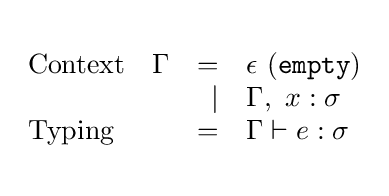
{\begin{array}{llrl}\\{\text{Context}}&\Gamma &=&\epsilon \ {\mathtt {(empty)}}\\&&\vert &\Gamma ,\ x:\sigma \\{\text{Typing}}&&=&\Gamma \vdash e:\sigma \\\\\end{array}}